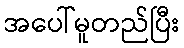
အပေါ်မူတည်ပြီး